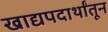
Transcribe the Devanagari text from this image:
खाद्यपदार्थांतून